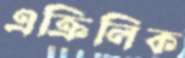
এক্রিলিক